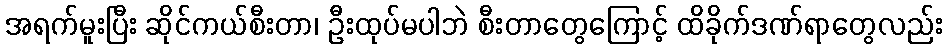
အရက်မူးပြီး ဆိုင်ကယ်စီးတာ၊ ဦးထုပ်မပါဘဲ စီးတာတွေကြောင့် ထိခိုက်ဒဏ်ရာတွေလည်း